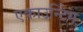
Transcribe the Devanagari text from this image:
एकाउन्टिंग